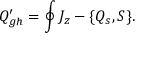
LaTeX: { \cal Q } _ { g h } ^ { \prime } = \oint J _ { z } - \{ { \cal Q } _ { s } , S \} .